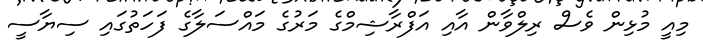
މިއީ މުޅިން ވެސް ރިލްވާން އާއި އަފްރާޝިމްގެ މަރުގެ މައްސަލާގެ ފަހަތުގައި ސިޔާސީ